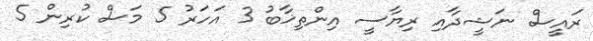
ރައީސް ނަޝީދާއި ރިޔާސީ އިންތިޚާބު 3 އަހަރު 5 މަސް ކުރިން 5